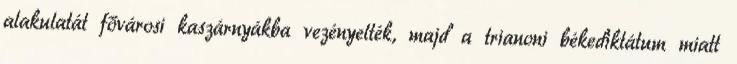
alakulatát fővárosi kaszárnyákba vezényelték, majd a trianoni békediktátum miatt